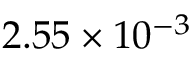
2 . 5 5 \times 1 0 ^ { - 3 }